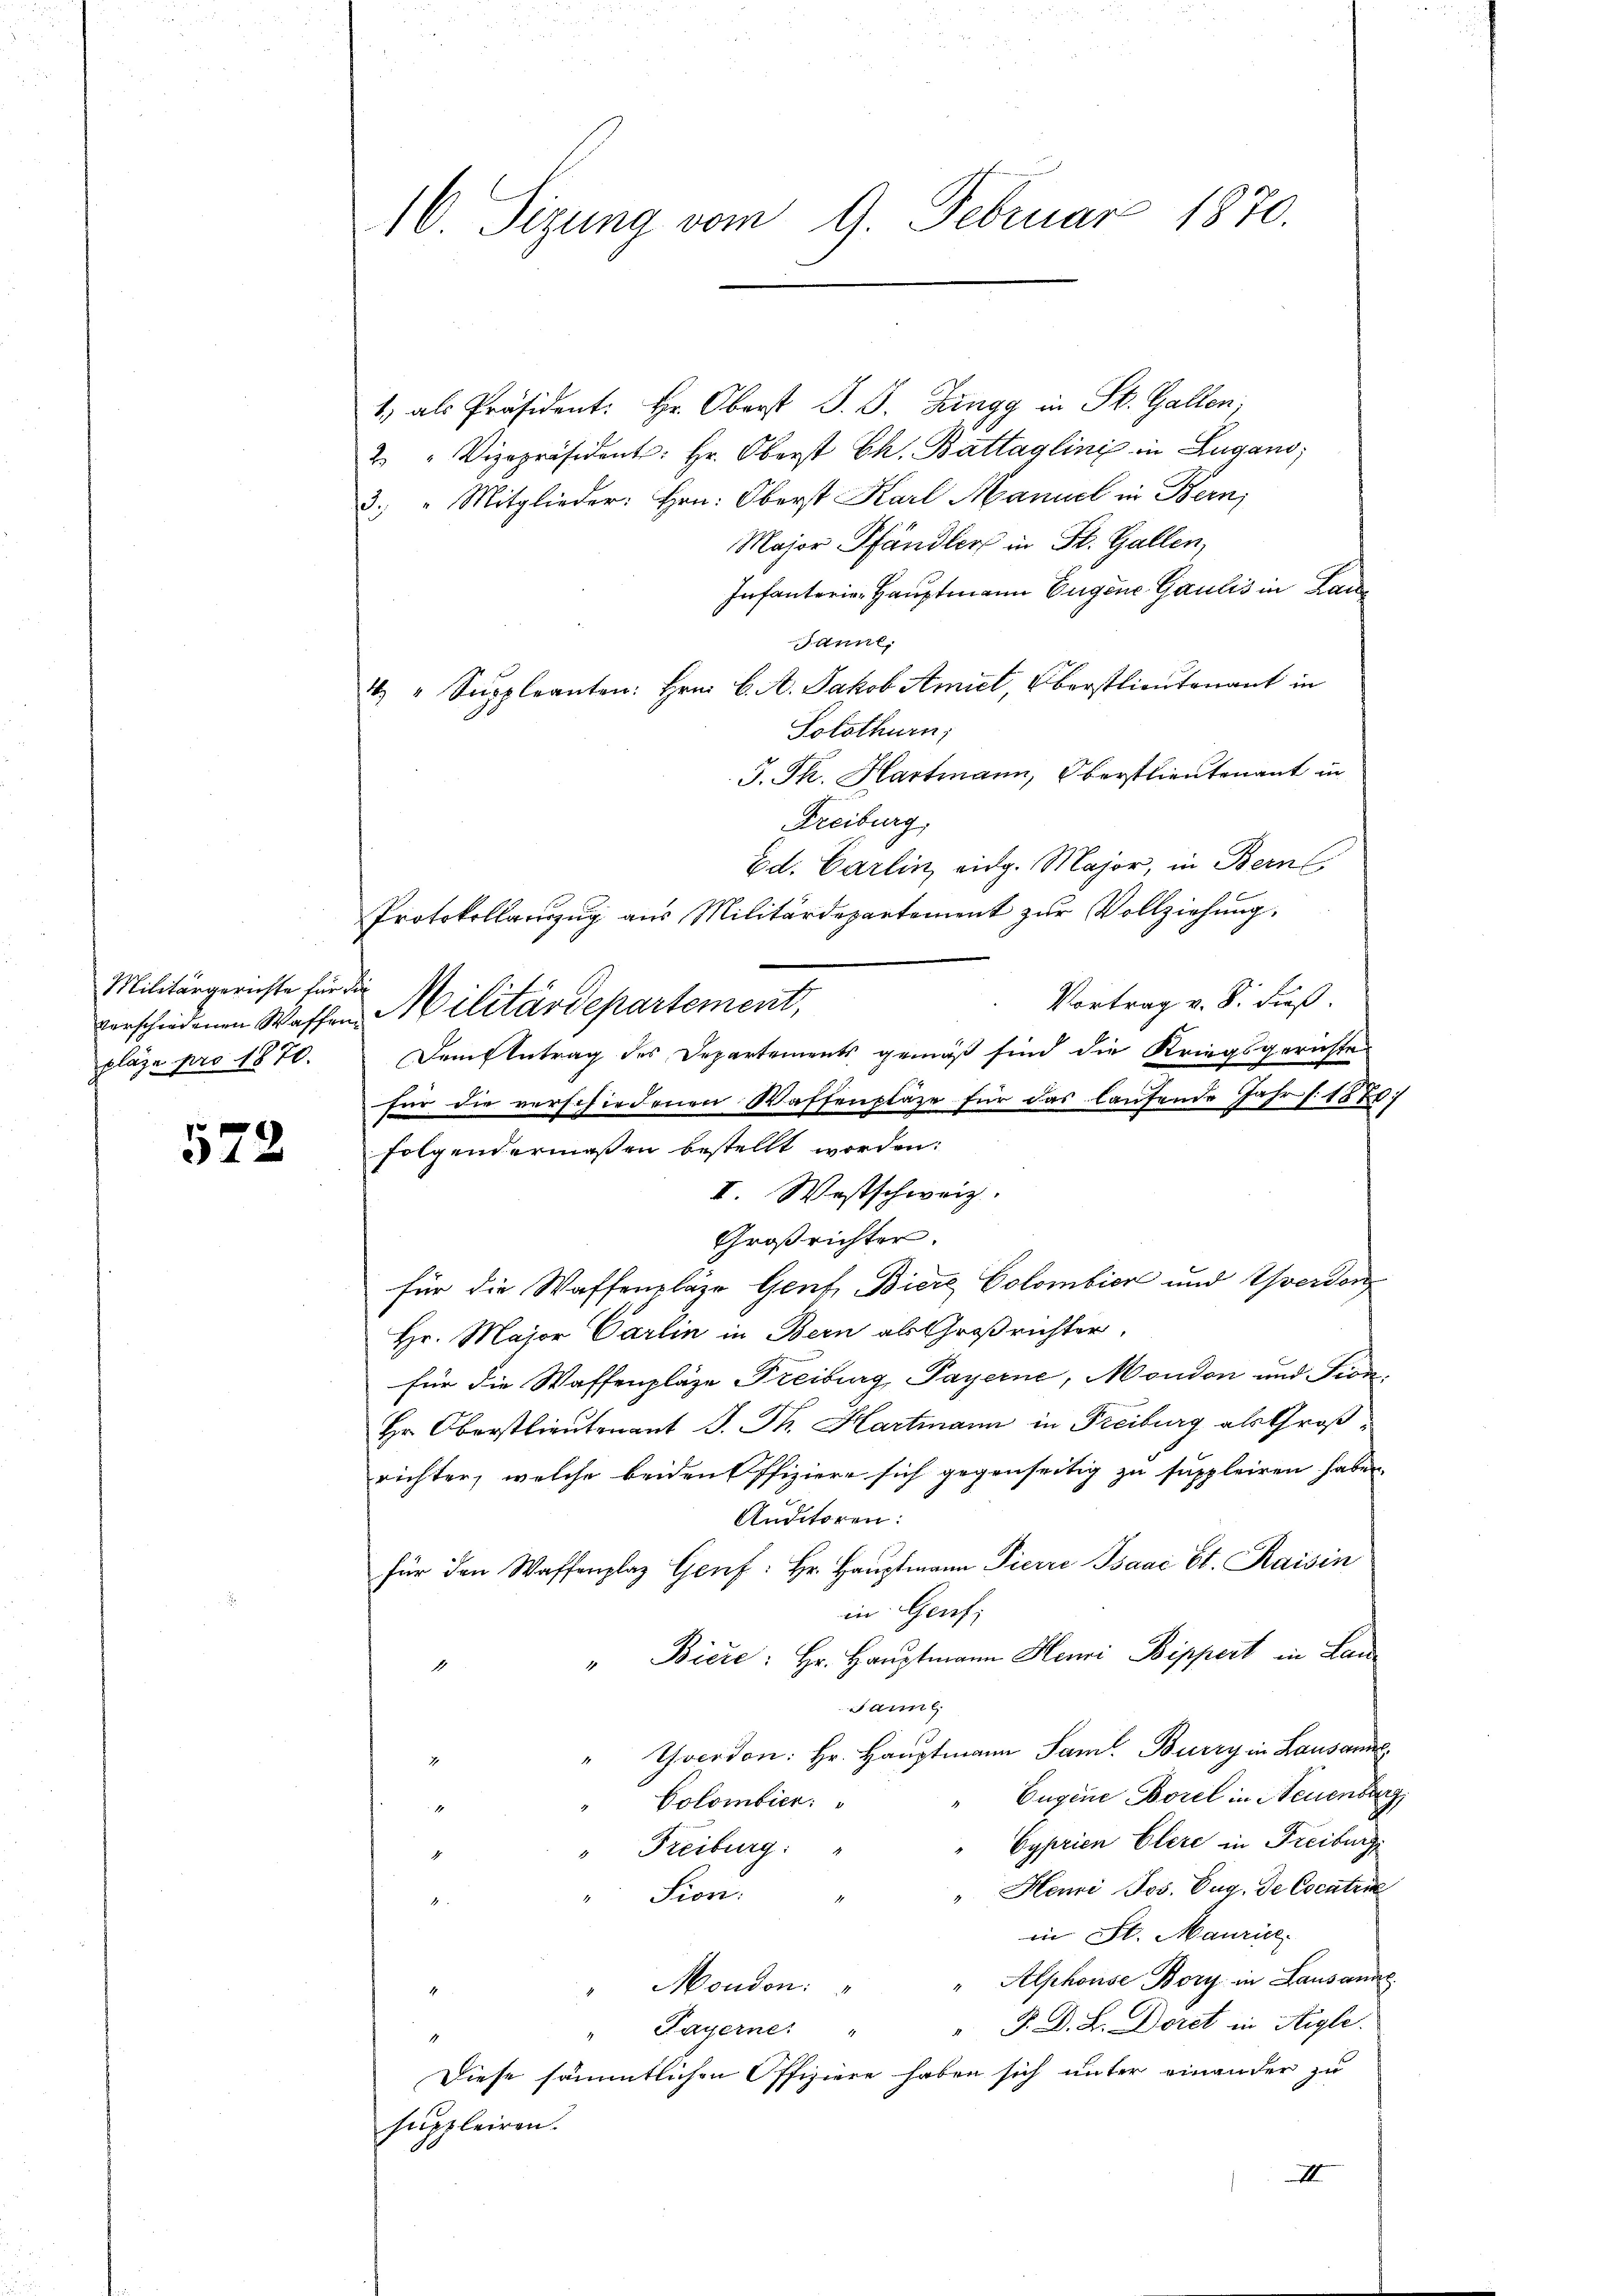
Militärgerichte für die
plaze pro 1870.

572

16. Sizung vom 9. Februar 1870.

1) als Präsident: Hr. Oberst J. J. Jungg in St. Gallen;
2. " Vizepräsident: Hr. Oberst Ch. Battaglini in Lugano,
3. " Mitglieder: Hrn. Oberst Karl Manuel in Bern,
Major Pfändlers in St. Gallen,
Infanterie Hauptmann Eugene Gaulis in Lau
Satine,
4. " Suppleanten: hrn. C. A. Jakob Amict, Oberstlieutenant in
Solothurn,
J. Th. Hartmann, Oberstlieutenant in
Freiburg,
Ed. Carlin eidg. Major, in Bern
Protokollarzŭg aŭs Militärdepartement zŭr Vollziehŭng.
Vortrag v. 8. Fuß.
verschiedenen Waffen Militärdepartement,
Dem Antrag des Departements gemäß sind die Kriegsgerichte
für die verschiedenen Waffenpläge für das laufende Jahr 1870
folgendermaßen bestellt worden:
II. Westschweiz.
Großrichter.
für die Waffenpläge Gent Biere Colombier und Werden
Hr. Major Carlin in Bern als Großrichter.
für die Waffenplätze Freiburg, Payerne, Mondon und Fion¬
Hr. Oberstlieutenant J. Th. Hartmann in Freiburg als Großrichter, welche beiden Offiziere sich gegenseitig zu suppleiren haben.
Auditoren:
für den Waffenplaz Genf: Hr. Hauptmann Pierre Isaać Et. Kaisin
in Genf,
" " Biere: Hr. Haŭptmann Henri Bippert in Lau
Saml
"Thoerden: Hr. Hauptmann Saml. Berry in Lausanne
Eugene Borel in Neuenburg
Colombier:
Cyprien Clere in Freiburg,
Freiburg:
" Henri Jos. Zug. de Cocaten
Sion.
in St. Maurice,
" Alphouse Bory in Lausanne
Mondon:
" F. D. L. Doret in Aigle.
Payerne: "
Diese sämmtlichen Offiziere haben sich unter einander zu
suppleiren.
III